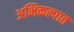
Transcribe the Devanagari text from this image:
अभिकल्पात